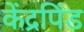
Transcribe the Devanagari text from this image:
केंद्रपिंड